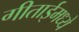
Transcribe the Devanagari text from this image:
गीताईमध्ये